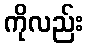
ကိုလည်း